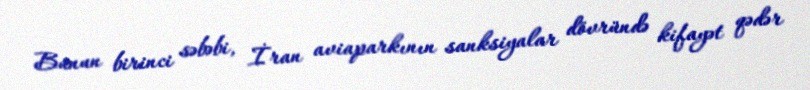
Bunun birinci səbəbi, İran aviaparkının sanksiyalar dövründə kifayət qədər